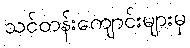
သင်တန်းကျောင်းများမှ